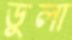
ডুলা